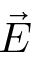
\vec { E }